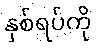
နှစ်ရပ်ကို